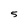
Character: 5